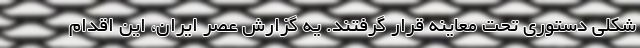
شکلی دستوری تحت معاینه قرار گرفتند. یه گزارش عصر ایران، این اقدام